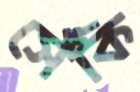
সেঁকি